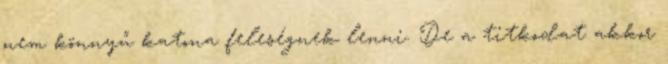
nem könnyű katona feleségnek lenni. De a titkodat akkor